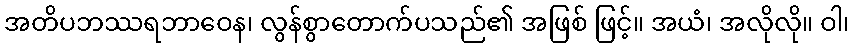
အတိပဘဿရဘာဝေန၊ လွန်စွာတောက်ပသည်၏ အဖြစ် ဖြင့်။ အယံ၊ အလိုလို။ ဝါ၊